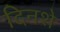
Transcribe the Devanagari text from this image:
दिनशे